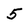
Character: 5